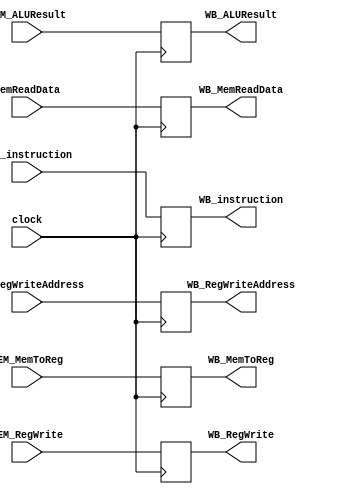
module MEM_WB_2 (
    input wire clock,
    input wire [31:0] MEM_instruction,
    output reg [31:0] WB_instruction,
    input wire [31:0] MemReadData,
    output reg [31:0] WB_MemReadData,
    input wire [31:0] MEM_ALUResult,
    output reg [31:0] WB_ALUResult,
    input wire [4:0] MEM_RegWriteAddress,
    output reg [4:0] WB_RegWriteAddress,
    input wire MEM_RegWrite,
    output reg WB_RegWrite,
    input wire MEM_MemToReg,
    output reg WB_MemToReg
    );
    always @(negedge clock) begin
        WB_instruction <= MEM_instruction;
        WB_MemReadData <= MemReadData;
        WB_ALUResult <= MEM_ALUResult;
        WB_RegWriteAddress <= MEM_RegWriteAddress;
        WB_RegWrite <= MEM_RegWrite;
        WB_MemToReg <= MEM_MemToReg;
    end  
endmodule